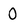
Character: 0